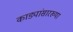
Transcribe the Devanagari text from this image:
काड्यांसारख्या